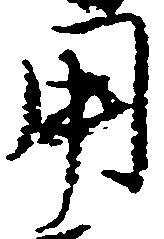
用